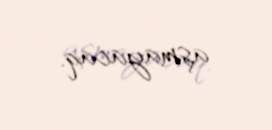
aşmayacaq.